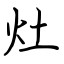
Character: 灶